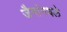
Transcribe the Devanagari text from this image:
जैनांमधले